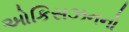
ઓકિસઝનનો